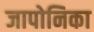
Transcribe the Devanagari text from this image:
जापोनिका